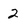
Character: 2